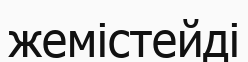
жемістейді